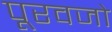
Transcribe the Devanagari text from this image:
पूरवजो